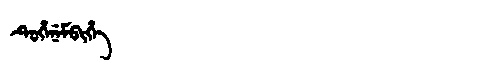
Manchu: ᡨᡠᡥᡝᠨᡝᠮᠪᡳᡥᡝ
Romanization: TUHENEMBIHE